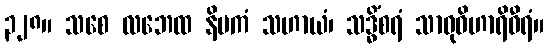
၃၂၈။ သစေ လဘေထ နိပကံ သဟာယံ၊ သဒ္ဓိံစရံ သာဓုဝိဟာရိဓီရံ။